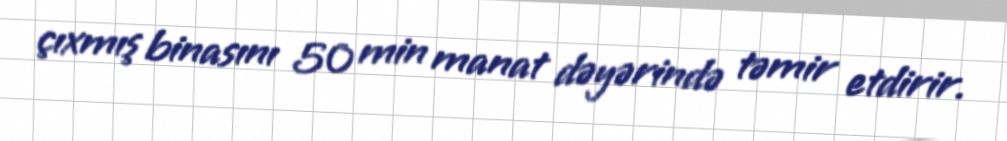
çıxmış binasını 50 min manat dəyərində təmir etdirir.